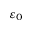
\varepsilon _ { 0 }